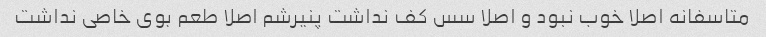
متاسفانه اصلا خوب نبود و اصلا سس کف نداشت پنیرشم اصلا طعم بوی خاصی نداشت